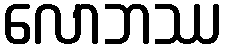
လောဘဿ